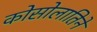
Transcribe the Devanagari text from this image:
कोसोलातिने